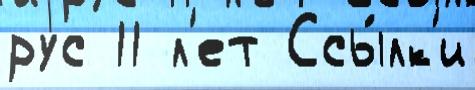
рус 11 л'ет Ссы́лк'и